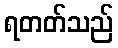
ရတတ်သည်